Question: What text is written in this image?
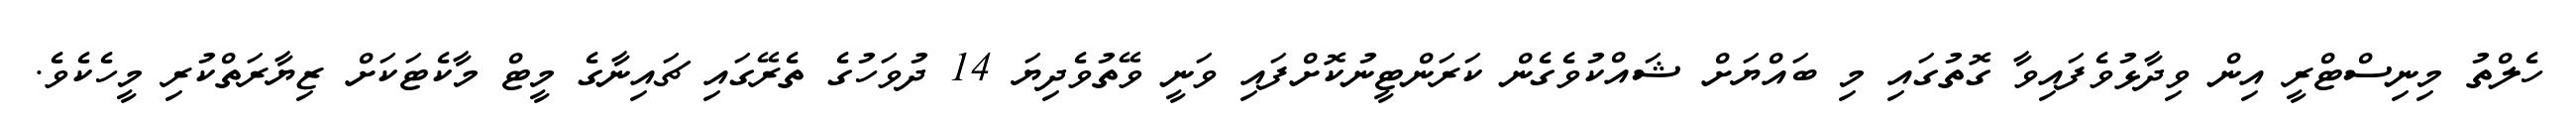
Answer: ހެލްތު މިނިސްޓްރީ އިން ވިދާޅުވެފައިވާ ގޮތުގައި މި ބައްޔަށް ޝައްކުވެގެން ކަރަންޓީނުކޮށްފައި ވަނީ ވޭތުވެދިޔަ 14 ދުވަހުގެ ތެރޭގައި ޗައިނާގެ މީޓް މާކެޓަކަށް ޒިޔާރަތްކުރި މީހެކެވެ.